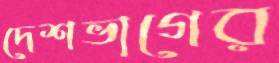
দেশভাগের